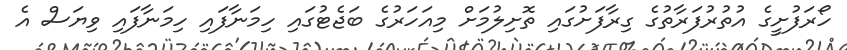
ހޯރަފުށީގެ އުތުރުފަރާތުގެ ގިރާފަށުގައި ތޮށިލުމަށް މިއަހަރުގެ ބަޖެޓުގައި ހިމަނާފައި ހިމަނާފައި ވިޔަސް އެ